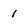
Character: 1